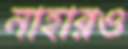
নাহারও